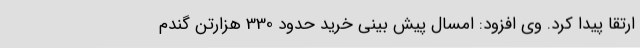
ارتقا پیدا کرد. وی افزود: امسال پیش بینی خرید حدود 330 هزارتن گندم